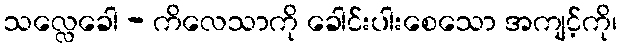
သလ္လေခေါ - ကိလေသာကို ခေါင်းပါးစေသော အကျင့်ကို၊